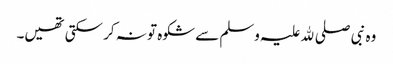
وہ نبی صلی ﷲ علیہ وسلم سے شکوہ تو نہ کر سکتی تھیں۔